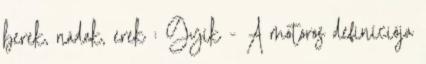
berek, nádak, erek : Gyík - A motoros definíciója